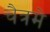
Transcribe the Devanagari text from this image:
चैत्रमे